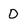
Character: D